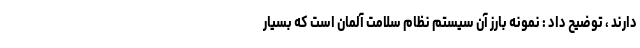
دارند ، توضیح داد : نمونه بارز آن سیستم نظام سلامت آلمان است که بسیار